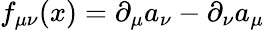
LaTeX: f_{\mu\nu}(x)=\partial_{\mu}a_{\nu}-\partial_{\nu}a_{\mu}